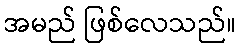
အမည် ဖြစ်လေသည်။